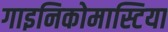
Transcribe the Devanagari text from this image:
गाइनिकोमास्टिया